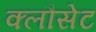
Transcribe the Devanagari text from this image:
क्लौसेट